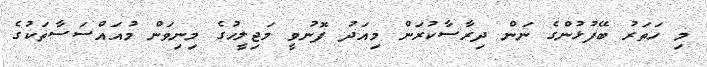
މި ހަތަރު ބޭފުޅުންގެ ނަން ދިރާސާކުރަން މިއަދު ފޮނުވީ މަޖިލީހުގެ މިނިވަން މުއައްސަސާތަކުގެ